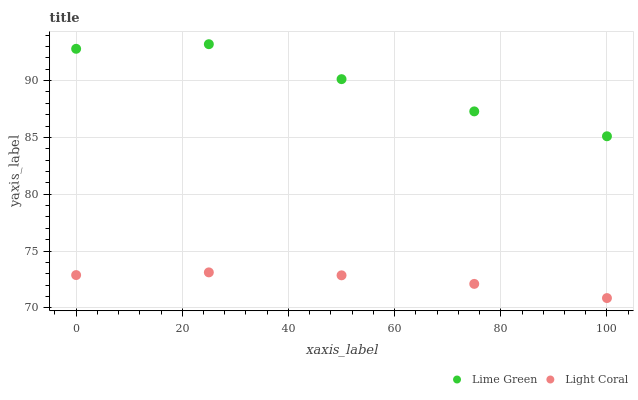
| xaxis_label | Lime Green | Light Coral |
 | --- | --- | --- |
 | 0 | 92.8 | 72.9 |
 | 25 | 93.2 | 73.1 |
 | 50 | 90.1 | 72.9 |
 | 75 | 87.3 | 72.1 |
 | 100 | 85.1 | 70.9 |